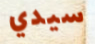
سيدي